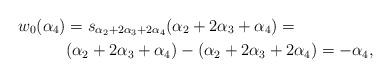
LaTeX: \begin{align*} w_0(\alpha_4) & = s_{\alpha_2 + 2\alpha_3 + 2\alpha_4}(\alpha_2 + 2\alpha_3 + \alpha_4) = \\ & (\alpha_2 + 2\alpha_3 + \alpha_4) - (\alpha_2 + 2\alpha_3 + 2\alpha_4) = -\alpha_4,\\ \end{align*}